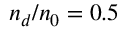
n _ { d } / n _ { 0 } = 0 . 5